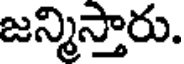
జన్మిస్తారు.